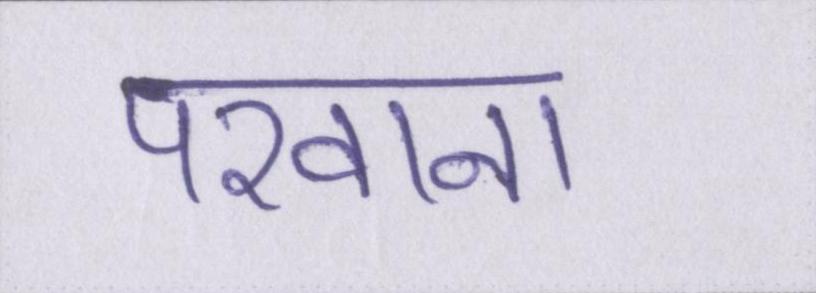
परवाना